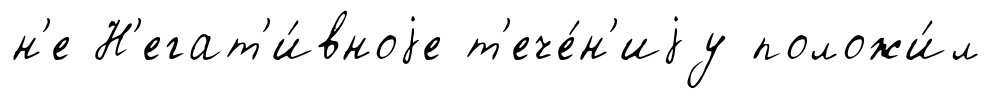
н'е Н'егат'и́вноjе т'ече́н'иjу положи́л